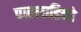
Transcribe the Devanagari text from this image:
पाल्लाडिनो